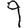
Digit: 9